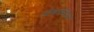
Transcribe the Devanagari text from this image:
ओबरसिअर